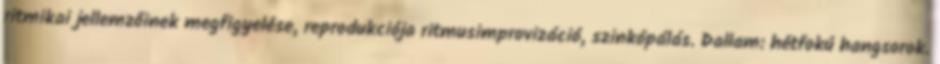
ritmikai jellemzőinek megfigyelése, reprodukciója ritmusimprovizáció, szinkópálás. Dallam: hétfokú hangsorok.